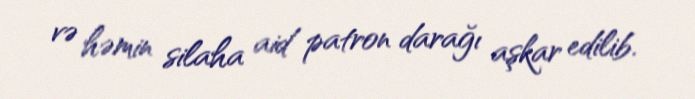
və həmin silaha aid patron darağı aşkar edilib.